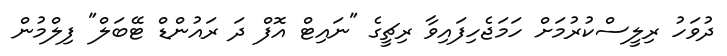
ދުވަހު ރިލީސްކުރުމަށް ހަމަޖެހިފައިވާ ރިޗީގެ "ނައިޓް އޮފް ދަ ރައުންޑް ޓޭބަލް" ފިލްމުން